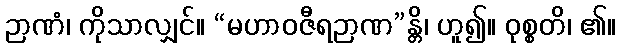
ဉာဏံ၊ ကိုသာလျှင်။ “မဟာဝဇီရဉာဏ”န္တိ၊ ဟူ၍။ ဝုစ္စတိ၊ ၏။